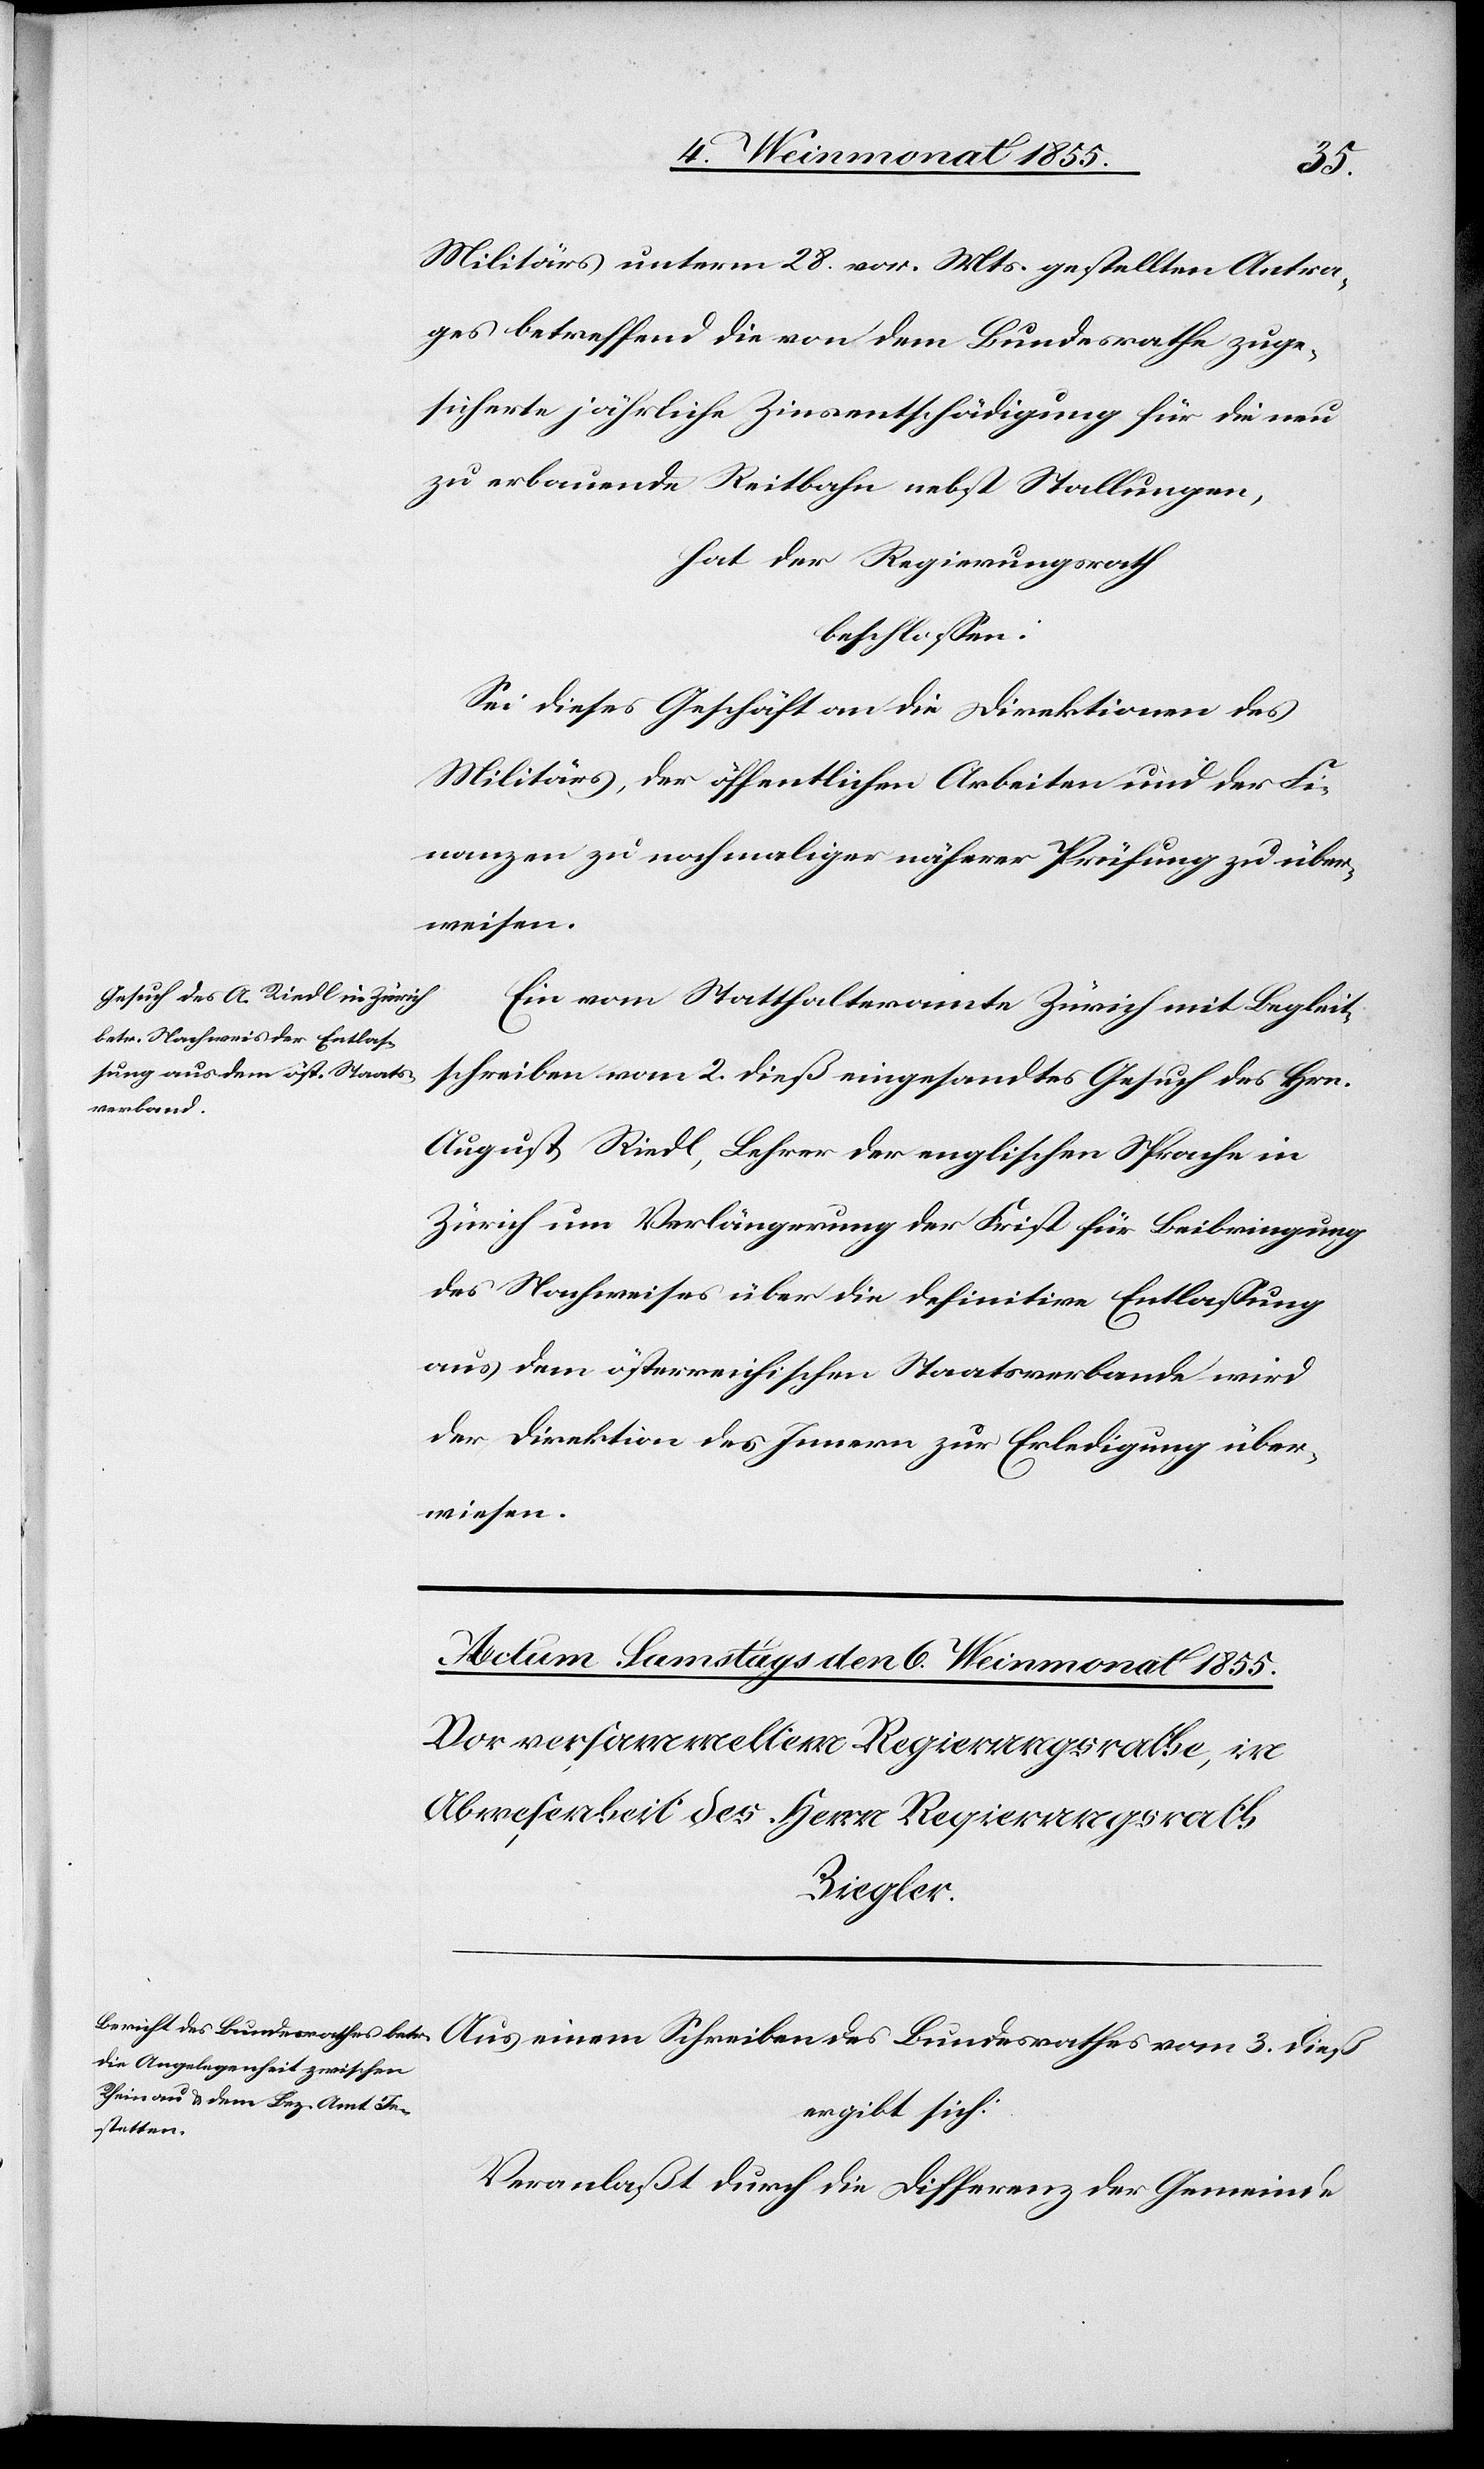
3.
Militärs unterm 28. vor. Mts. gestellten Antra¬
ges betreffend die von dem Bundesrathe zuge¬
sicherte jährliche Zinsentschädigung für die neu
zu erbauende Reitbahn nebst Stallungen,
hat der Regierungsrath
beschlossen:
Sei dieses Geschäft an die Direktionen des
Militärs, der öffentlichen Arbeiten und der Fi¬
nanzen zu nochmaliger näherer Prüfung zu über¬
weisen.
Ein vom Statthalteramte Zürich mit Begleit¬
schreiben vom 2. dieß eingesandtes Gesuch des Hrn.
August Riedl, Lehrer der englischen Sprache in
Zürich um Verlängerung der Frist für Beibringung
des Nachweises über die definitive Entlassung
aus dem österreichischen Staatsverbande wird
der Direktion des Innern zur Erledigung über¬
wiesen.
Schreiben
ergibt sich:
Veranlaßt durch die Differenz der Gemeinde